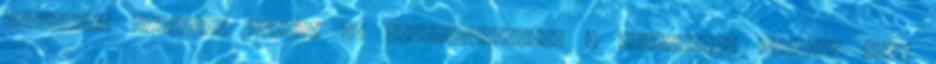
Hirdetés: Gigabyte GTX460 OC WindforceMinden a legnagyobb rendben volt